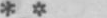
**